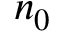
n _ { 0 }